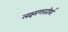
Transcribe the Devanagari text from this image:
लक्ष्मणरतीर्था